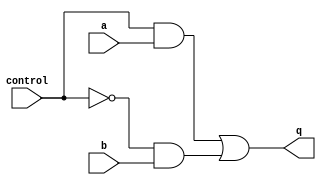
`timescale 1ns / 1ps
//////////////////////////////////////////////////////////////////////////////////
// Company: 
// Engineer: 
// 
// Design Name: 
// Module Name:    mux 
// Project Name: 
// Target Devices: 
// Tool versions: 
// Description: 
//
// Dependencies: 
//
// Revision: 
// Revision 0.01 - File Created
// Additional Comments: 
//
//////////////////////////////////////////////////////////////////////////////////
module mux(q,control,a,b
);
    input control,a,b;
	 output reg q;
	 
	 wire notcontrol;
	 
	 always @(control or a or b or notcontrol) begin
	 q = (control & a) | (notcontrol & b);
	 end
	 
	 not(notcontrol, control);

endmodule